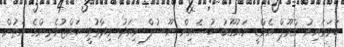
ހަރަމައިނު ގްރޫޕް އެމްޑީ ޔައުގޫބު ހުސެއިން ޔޫސުފް މިއަދު ވިދާޅުވީ ހައްޖުވެރިންގެ އަތުން